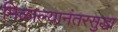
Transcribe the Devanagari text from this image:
मिळाल्यानंतरसुद्धा